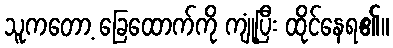
သူကတော့ ခြေထောက်ကို ကျုံ့ပြီး ထိုင်နေရ၏။